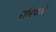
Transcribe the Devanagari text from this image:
सौरवारे